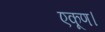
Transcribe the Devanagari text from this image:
एकूण।